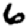
Digit: 6